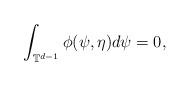
LaTeX: \begin{align*}\int_{\mathbb{T}^{d-1}}\phi (\psi,\eta)d\psi=0,\end{align*}